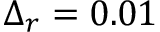
\Delta _ { r } = 0 . 0 1